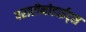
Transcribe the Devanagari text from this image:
पराप्टीनोडाईट्स